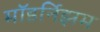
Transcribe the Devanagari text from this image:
मॉडर्निझम